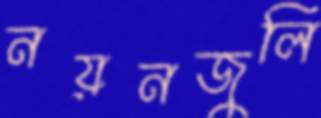
নয়নজুলি